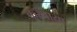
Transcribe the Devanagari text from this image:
करबाया